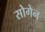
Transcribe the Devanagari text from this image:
सोगेन